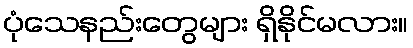
ပုံသေနည်းတွေများ ရှိနိုင်မလား။